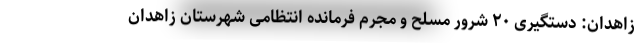
زاهدان: دستگیری ۲۰ شرور مسلح و مجرم فرمانده انتظامی شهرستان زاهدان